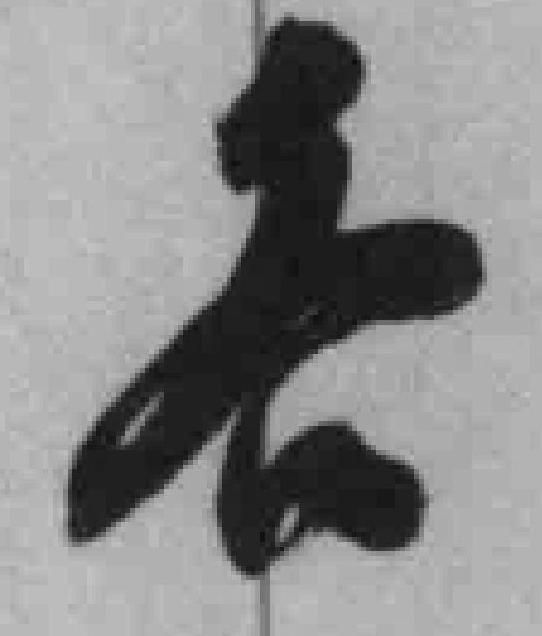
*